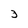
Character: 3